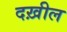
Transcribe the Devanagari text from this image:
दख़ील